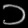
Digit: ၁